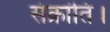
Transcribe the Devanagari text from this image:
संक्रांति।